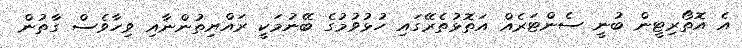
އެ އޮތޯރިޓީން ބުނީ ސެންޓަރެއް އަތޮޅުތެރޭގައި ހުޅުވުމުގެ ބޭނުމަކީ ރައްޔިތުންނާއި ވިހާވެސް ގާތުން